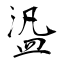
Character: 盕